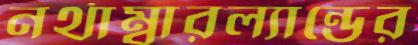
নর্থাম্বারল্যান্ডের